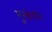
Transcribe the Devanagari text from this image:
मुस्केगोन